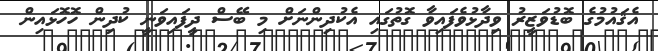
އެޤައުމުގެ ބޮޑުވަޒީރު ވިދާޅުވެފައިވާ ގޮތުގައި އެކުދިންނަށް މި ބޭސް ދީފައިވަނީ ކުދިން ހޮހޮޅައިން